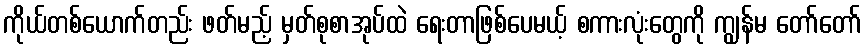
ကိုယ်တစ်ယောက်တည်း ဖတ်မည့် မှတ်စုစာအုပ်ထဲ ရေးတာဖြစ်ပေမယ့် စကားလုံးတွေကို ကျွန်မ တော်တော်